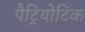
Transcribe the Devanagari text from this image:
पैट्रियोटिक